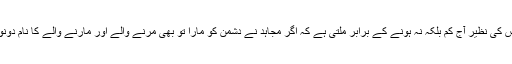
دست بدست لڑائی میں مجاہد اور دشمن میں جو کانٹے کی ٹکر ہوتی اس کی نظیر آج کم بلکہ نہ ہونے کے برابر ملتی ہے کہ اگر مجاہد نے دشمن کو مارا تو بھی مرنے والے اور مارنے والے کا نام دونوں افراد ہی کیا دونوں لشکروں کو بھی معلوم ہوتے اور مورخ کو بھی۔